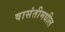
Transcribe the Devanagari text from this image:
वासंतीमधील